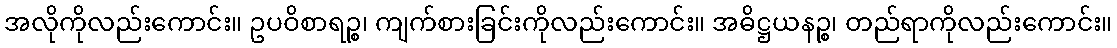
အလိုကိုလည်းကောင်း။ ဥပဝိစာရဉ္စ၊ ကျက်စားခြင်းကိုလည်းကောင်း။ အဓိဋ္ဌယနဉ္စ၊ တည်ရာကိုလည်းကောင်း။